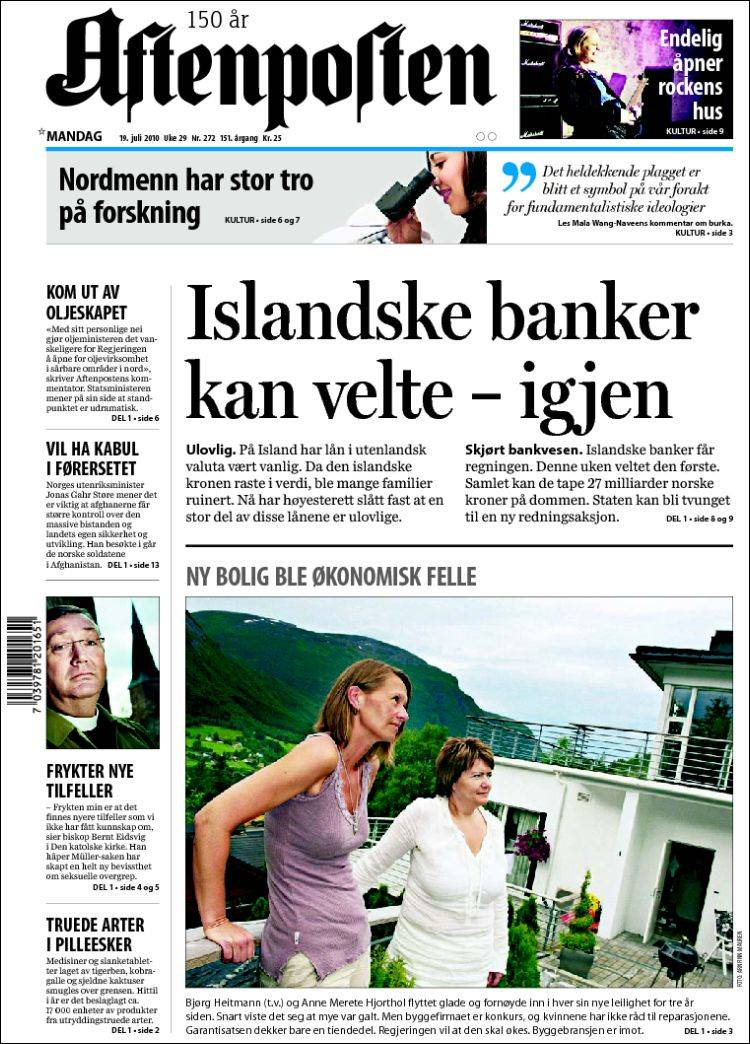
Language: no